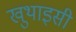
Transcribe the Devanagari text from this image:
खुथाइसी